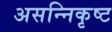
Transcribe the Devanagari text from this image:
असन्निकृष्ट